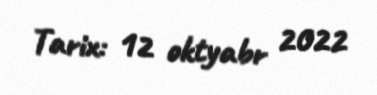
Tarix: 12 oktyabr 2022